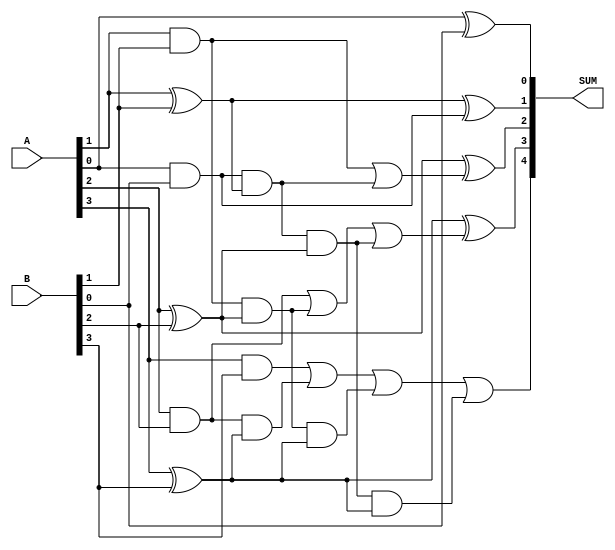
module four_bit_adder_EC
(
  input [3:0] A,
  input [3:0] B,
  output [4:0] SUM
);

  assign SUM[0] = A[0] ^ B[0];
  assign SUM[1] = A[1] ^ B[1] ^ (A[0] & B[0]);
  assign SUM[2] = A[2] ^ B[2] ^ ((A[1] & B[1]) | ((A[0] & B[0]) & (A[1] ^ B[1])));
  assign SUM[3] = A[3] ^ B[3] ^ ((A[2] & B[2]) | ((A[1] & B[1]) & (A[2] ^ B[2])) | ((A[0] & B[0]) & (A[1] ^ B[1]) & (A[2] ^ B[2])));
  assign SUM[4] = ((A[3] & B[3]) | (A[2] & B[2]) & (A[3] ^ B[3])) | ((A[1] & B[1]) & (A[2] ^ B[2]) & (A[3] ^ B[3])) | ((A[0] & B[0]) & (A[1] ^ B[1]) & (A[2] ^ B[2]) & (A[3] ^ B[3]));
endmodule